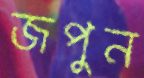
জপুন